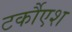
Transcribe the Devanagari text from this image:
टर्कौएश